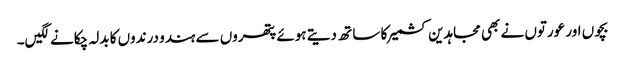
بچوں اور عورتوں نے بھی مجاہدین کشمیر کا سا تھ دیتے ہوئے پتھروں سے ہندو درندوں کا بدلہ چکانے لگیں۔